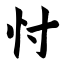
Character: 忖